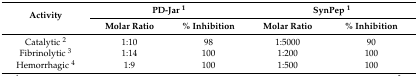
| <ROWSPAN=2> Activity | <COLSPAN=2> PD-Jar 1 | <COLSPAN=2> SynPep 1 |
 | Molar Ratio | % Inhibition | Molar Ratio | % Inhibition |
 | --- | --- | --- | --- | --- |
 | Catalytic 2 | 1:10 | 98 | 1:5000 | 90 |
 | Fibrinolytic 3 | 1:14 | 100 | 1:200 | 100 |
 | Hemorrhagic 4 | 1:9 | 100 | 1:500 | 100 |